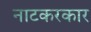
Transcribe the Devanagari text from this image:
नाटकरकार